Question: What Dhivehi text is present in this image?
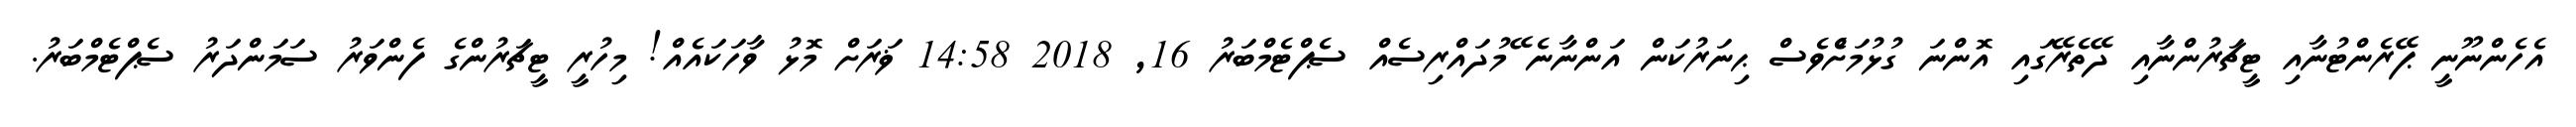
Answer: އެހެންނޫނީ ޕޭރެންޓުނާއި ޓީޗަރުންނާއި ދޭތެރޭގައި އޮންނަ ގުޅުމަށްެވެސް ޙިނަރުކަން އަންނާނެ ޭމުދައްރިސެއް ސެޕްޓެމްބަރު 16, 2018 14:58 ޥަރަށް މޮޅު ވާހަކައެއް! މިހުރީ ޓީޗަރުންގެ ފެންވަރު ސަމަންދަރު ސެޕްޓެމްބަރު.